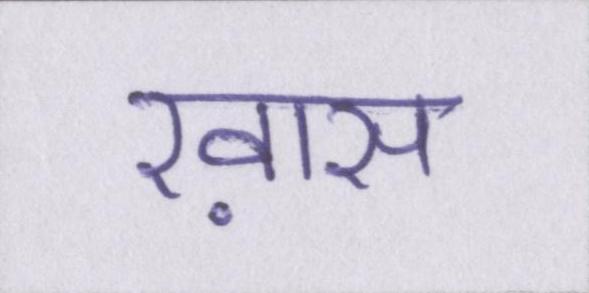
ख़ास